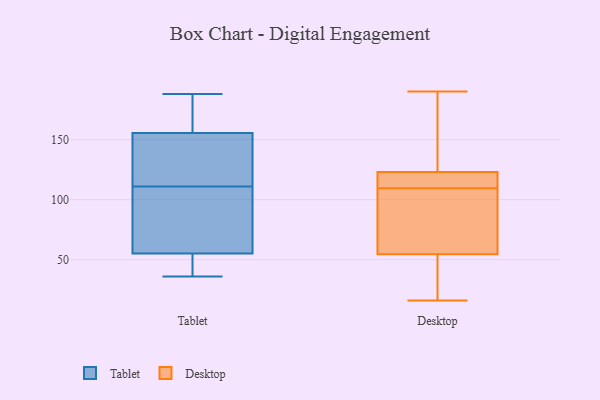
{"axis": {"x": "Headcount", "y": "Value"}, "legend": ["Desktop", "Tablet"], "data": [{"x": "", "y": 36, "type": "Tablet"}, {"x": "", "y": 87, "type": "Tablet"}, {"x": "", "y": 156, "type": "Tablet"}, {"x": "", "y": 52, "type": "Tablet"}, {"x": "", "y": 37, "type": "Tablet"}, {"x": "", "y": 155, "type": "Tablet"}, {"x": "", "y": 56, "type": "Tablet"}, {"x": "", "y": 116, "type": "Tablet"}, {"x": "", "y": 71, "type": "Tablet"}, {"x": "", "y": 113, "type": "Tablet"}, {"x": "", "y": 139, "type": "Tablet"}, {"x": "", "y": 109, "type": "Tablet"}, {"x": "", "y": 54, "type": "Tablet"}, {"x": "", "y": 173, "type": "Tablet"}, {"x": "", "y": 188, "type": "Tablet"}, {"x": "", "y": 173, "type": "Tablet"}, {"x": "", "y": 16, "type": "Desktop"}, {"x": "", "y": 55, "type": "Desktop"}, {"x": "", "y": 190, "type": "Desktop"}, {"x": "", "y": 118, "type": "Desktop"}, {"x": "", "y": 104, "type": "Desktop"}, {"x": "", "y": 128, "type": "Desktop"}, {"x": "", "y": 126, "type": "Desktop"}, {"x": "", "y": 120, "type": "Desktop"}, {"x": "", "y": 59, "type": "Desktop"}, {"x": "", "y": 54, "type": "Desktop"}, {"x": "", "y": 17, "type": "Desktop"}, {"x": "", "y": 115, "type": "Desktop"}]}